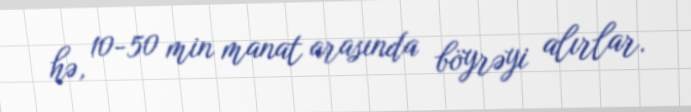
hə, 10-50 min manat arasında böyrəyi alırlar.